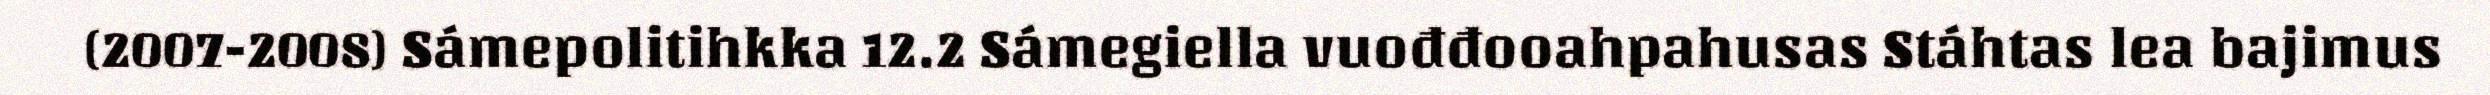
(2007-2008) Sámepolitihkka 12.2 Sámegiella vuođđooahpahusas Stáhtas lea bajimus